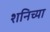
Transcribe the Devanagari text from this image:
शनिच्या